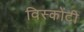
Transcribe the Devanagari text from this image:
विस्कोंटी